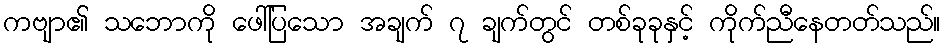
ကဗျာ၏ သဘောကို ဖေါ်ပြသော အချက် ၇ ချက်တွင် တစ်ခုခုနှင့် ကိုက်ညီနေတတ်သည်။